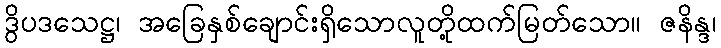
ဒွိပဒသေဋ္ဌ၊ အခြေနှစ်ချောင်းရှိသောလူတို့ထက်မြတ်သော။ ဇနိန္ဒ၊